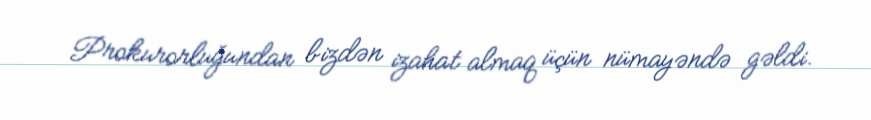
Prokurorluğundan bizdən izahat almaq üçün nümayəndə gəldi.